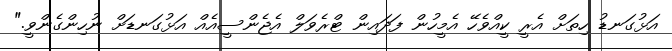
އަޅުގަނޑު ހިތަށް އެރީ ކީއްވެހޭ އެމީހުން ފަދައިން ޓްރެވަލް އެޖެންސީއެއް އަޅުގަނޑަށް ނުހިންގެންވީ."